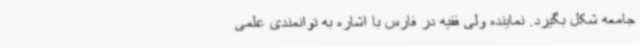
جامعه شکل بگیرد. نماینده ولی فقیه در فارس با اشاره به توانمندی علمی